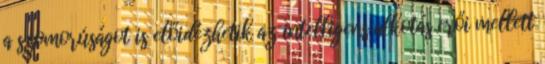
a szomorúságot is előidézhetik az intelligens alkotás erői mellett